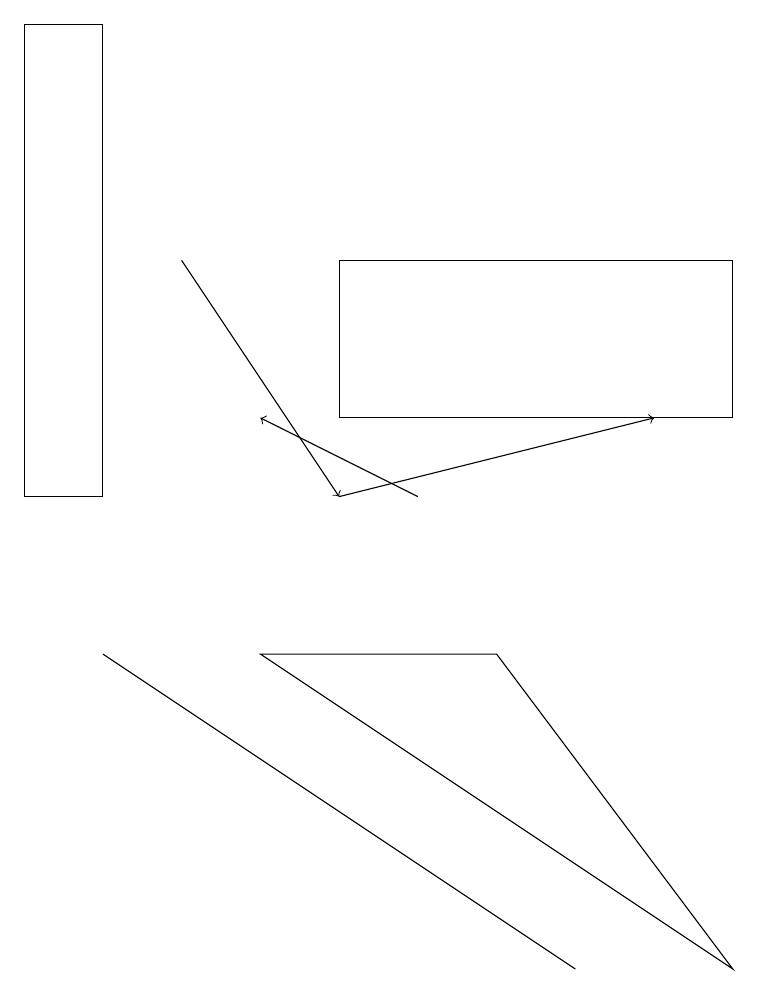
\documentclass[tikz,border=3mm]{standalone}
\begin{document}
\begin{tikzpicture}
\draw[->] (2,13) -- (4,10);
\draw (4,13) rectangle (9,11);
\draw[->] (5,10) -- (3,11);
\draw (0,10) rectangle (1,16);
\draw (1,8) -- (7,4) -- (7,4) -- cycle;
\draw[->] (4,10) -- (8,11);
\draw (6,8) -- (3,8) -- (9,4) -- cycle;
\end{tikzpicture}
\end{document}